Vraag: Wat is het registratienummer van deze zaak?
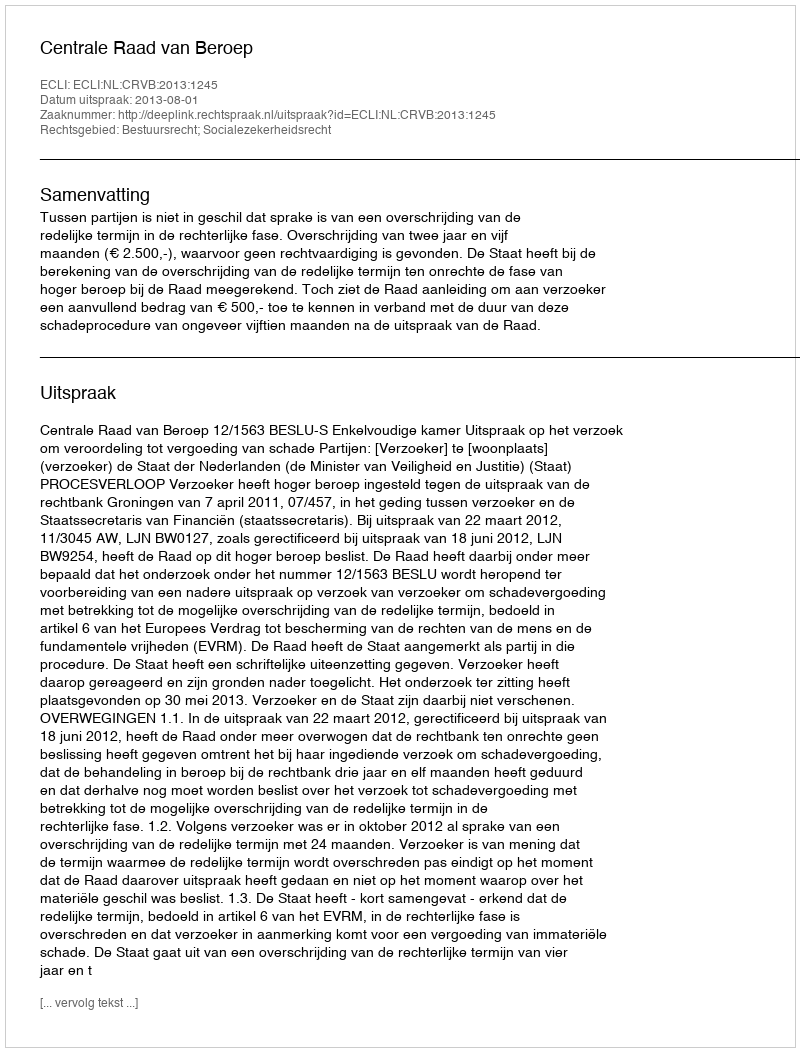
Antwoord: http://deeplink.rechtspraak.nl/uitspraak?id=ECLI:NL:CRVB:2013:1245